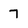
Character: 7